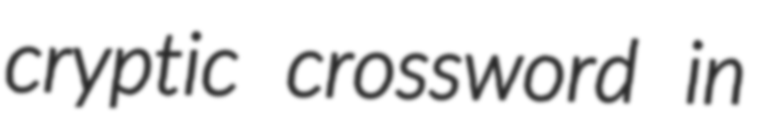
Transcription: cryptic crossword in